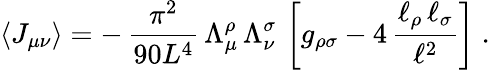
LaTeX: \langle J_{\mu\nu}\rangle=-\, \frac{\pi^{2}}{90L^{4}}\, \Lambda_{\mu}^{\rho}\, \Lambda_{\nu}^{\sigma}\, \left[g_{\rho\sigma}-4\, \frac{\ell_{\rho}\, \ell_{\sigma}}{\ell^{2}}\right]\; .